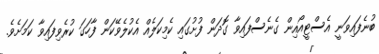
ބުނެފައިވަނީ އެސްޓީއޯއިން ގެނެސްފައިވާ ގޮދަން ފުށުގައި ކެމިކަލެއް އެކުލެވޭކަން ފާހަގަ ކުރެވިފައިވާ ކަމަށެވެ.